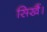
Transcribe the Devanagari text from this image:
सिखैं।